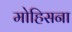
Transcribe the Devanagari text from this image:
मोहिसना